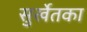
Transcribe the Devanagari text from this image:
सुर्खेतका